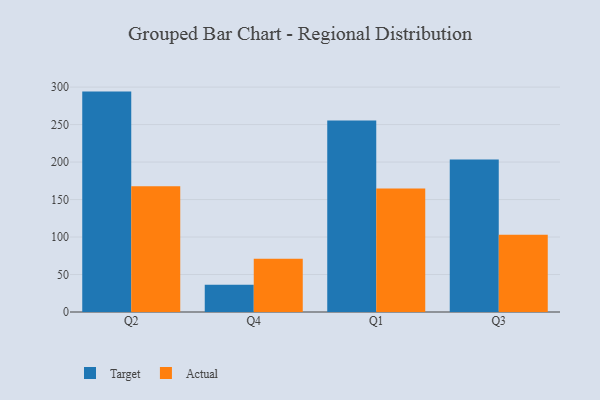
{"axis": {"x": "Quarter", "y": "Demand Index"}, "legend": ["Actual", "Target"], "data": [{"x": "Q2", "y": 294.0, "type": "Target"}, {"x": "Q2", "y": 167.8, "type": "Actual"}, {"x": "Q4", "y": 36.5, "type": "Target"}, {"x": "Q4", "y": 71.0, "type": "Actual"}, {"x": "Q1", "y": 255.4, "type": "Target"}, {"x": "Q1", "y": 164.7, "type": "Actual"}, {"x": "Q3", "y": 203.5, "type": "Target"}, {"x": "Q3", "y": 103.0, "type": "Actual"}]}